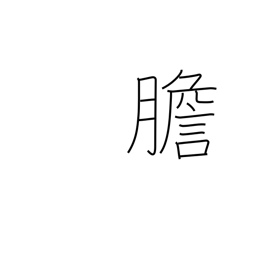
Meaning: gall bladder